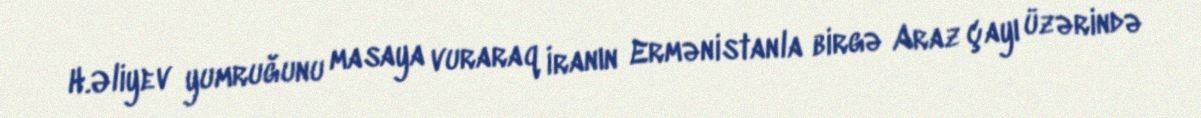
H.Əliyev yumruğunu masaya vuraraq İranın Ermənistanla birgə Araz çayı üzərində